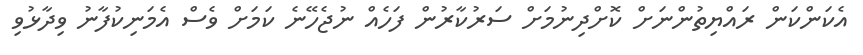
އެކަންކަން ރައްޔިތުންނަށް ކޮށްދިނުމަށް ސަރުކާރުން ފަހެއް ނުޖެހޭނެ ކަމަށް ވެސް އެމަނިކުފާނު ވިދާޅުވި